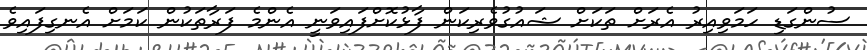
ސުންގަޑި ހަމަވިއިރު އެރަށް ތަކަށް ޝައުގުވެރިކަން ފާޅުކޮށްފައިވަނީ އެންމެ ފަރާތަކުން ކަމަށް އެނގިފައިވެ